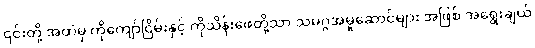
၎င်းတို့ အထဲမှ ကိုကျော်ငြိမ်းနှင့် ကိုသိန်းဖေတို့သာ သမဂ္ဂအမှုဆောင်များ အဖြစ် အရွေးချယ်